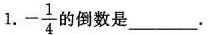
- \frac{1}{4}倒数是___.